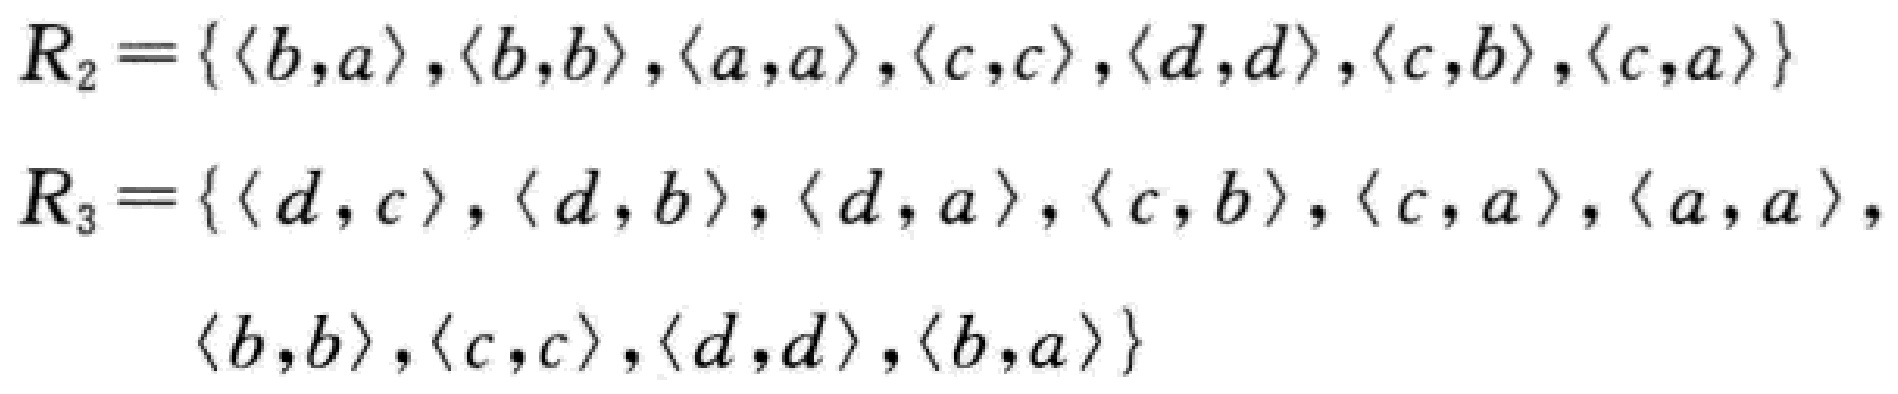
\[

\begin{align*}

R_{2}&=\{\langle b,a\rangle,\langle b,b\rangle,\langle a,a\rangle,\langle c,c\rangle,\langle d,d\rangle,\langle c,b\rangle,\langle c,a\rangle\}\\

R_{3}&=\{\langle d,c\rangle,\langle d,b\rangle,\langle d,a\rangle,\langle c,b\rangle,\langle c,a\rangle,\langle a,a\rangle,\\

&\quad\langle b,b\rangle,\langle c,c\rangle,\langle d,d\rangle,\langle b,a\rangle\}

\end{align*}

\]